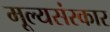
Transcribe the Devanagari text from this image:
मूल्यसंस्कार